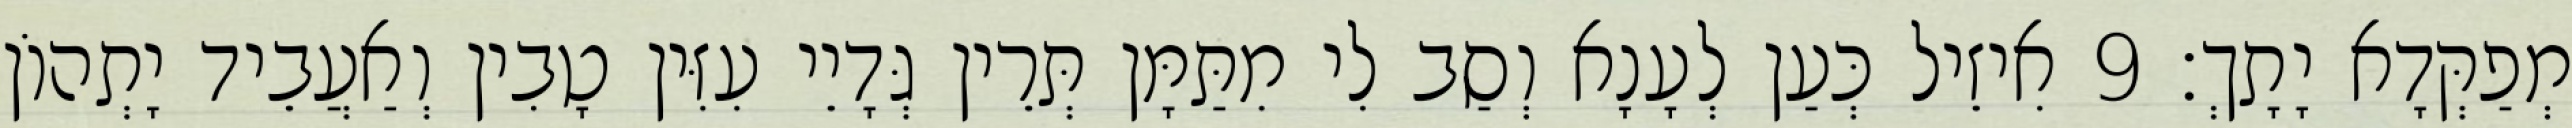
מְפַקְּדָא יָתָךְ׃ 9 אִיזֵיל כְּעַן לְעָנָא וְסַב לִי מִתַּמָּן תְּרֵין גְּדָיֵי עִזִּין טָבִין וְאַעֲבֵיד יָתְהוֹן